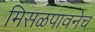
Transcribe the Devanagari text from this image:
मिसळपावनेच